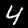
Digit: 4